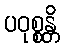
ပဝုစ္စန္တိ